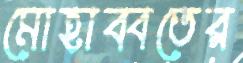
মোহাব্বতের